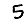
Digit: 5